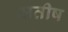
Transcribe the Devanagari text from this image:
सतीष